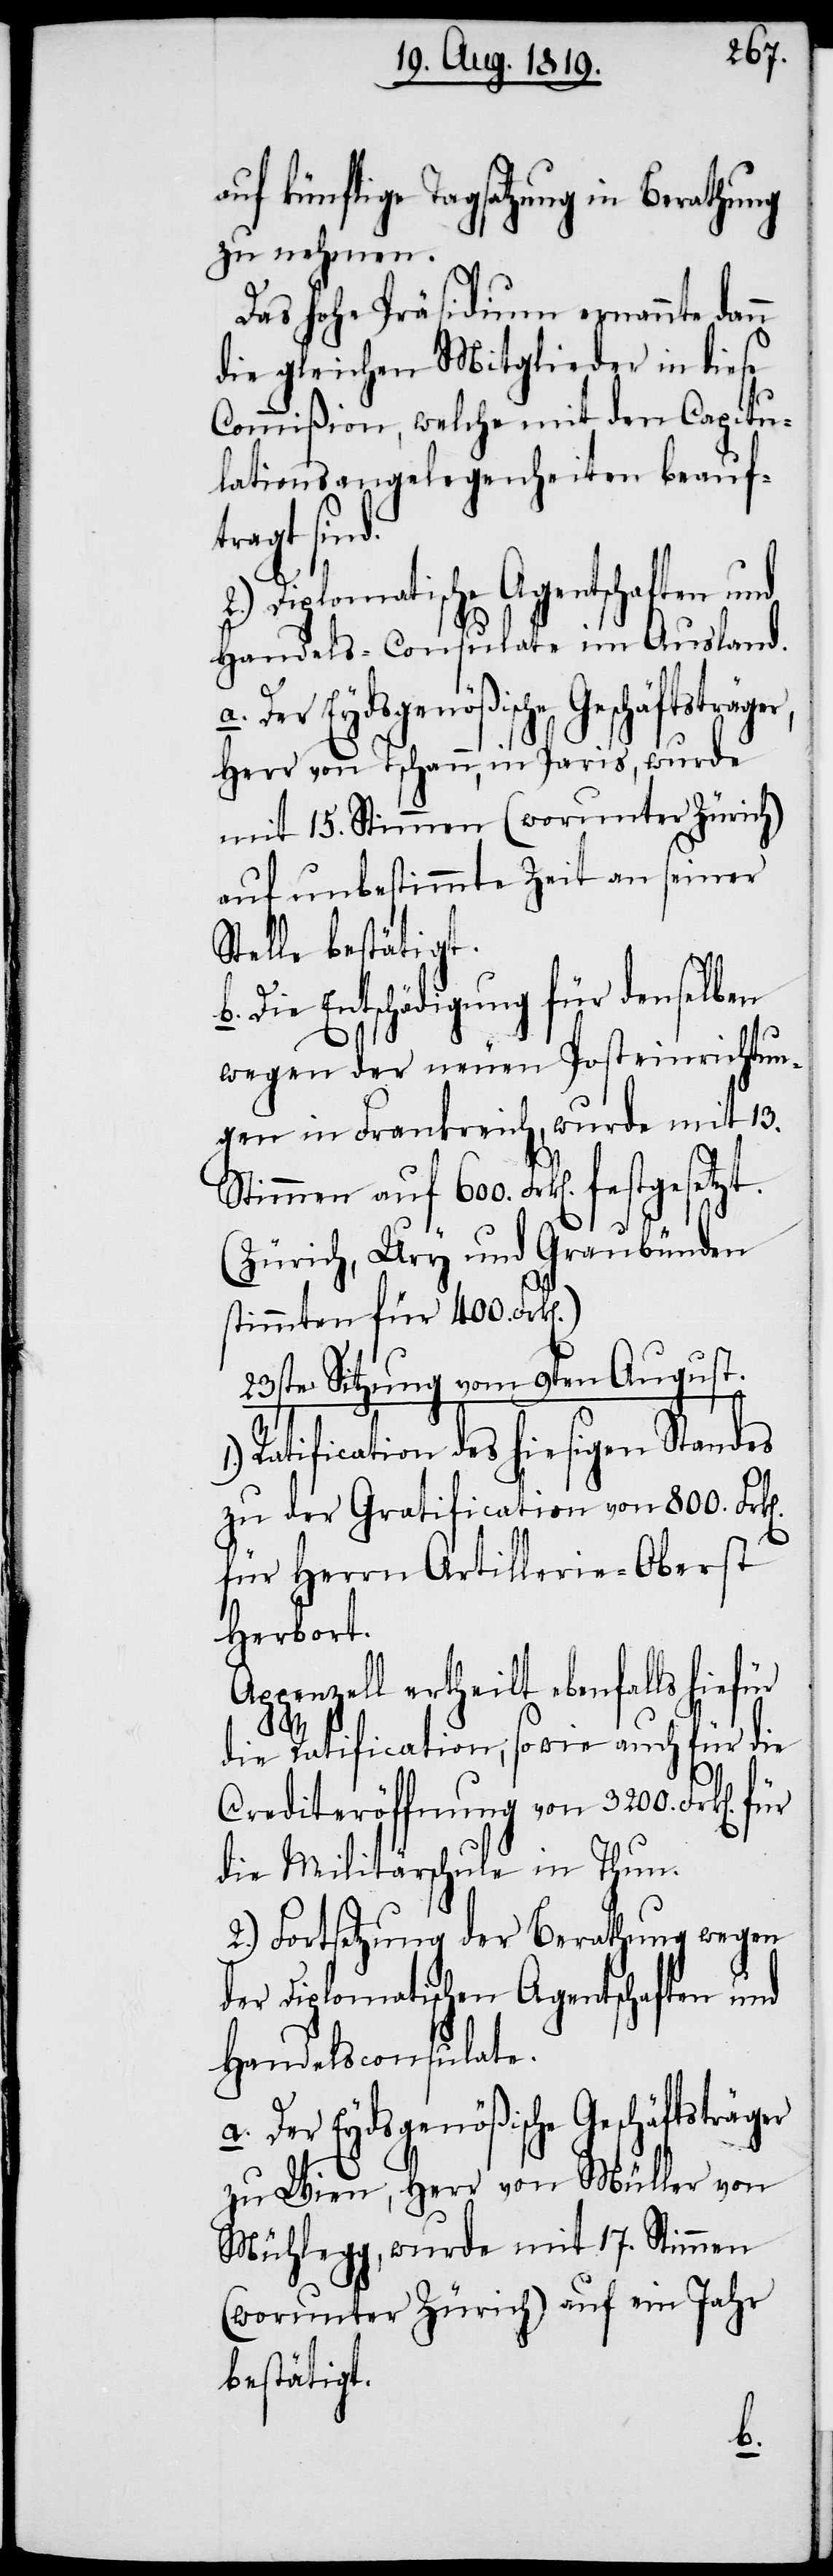
k[en].
auf künftige Tagsatzung in Berathung
zu nehmen.
Das hohe Präsidium ernannte dan¬
die gleichen Mitglieder in diese
Commißion, welche mit den Capitu¬
lationsangelegenheiten beauf¬
tragt sin¬
Diplomatische Agentschaften und
Handels- Consulate im Ausland.
Herr von Tschann, in Paris, wurde
mit 15. Stimmen (worunter Zürich)
auf unbestimmte Zeit an seiner
Stelle bestätigt.
Die Entschädigung für denselben
wegen der erneuten Posteinrichtun¬
gen in Frankreich, wurde mit 13.
Stimmen auf 600. Frk[en]. festgeset¬
(Zürich, Ury und Graubünden
stimmten für 400.
23ste Sitzung vom 9ten August.
Ratification des hiesigen Standes
zu der Gratification von 800. Fr¬
für Herrn Artillerie-
Herbort.
Appenzell ertheilt ebenfalls hiefür
r,
1.)
die Ratification; sowie auch für die
die Militärschule in Thun.
2.) Fortsetzung der Berathung wegen
der Diplomatischen Agentschaften und
Handelsconsulate.
a. Der Eydsgenößische Geschäftsträger
zu Wien, Herr von Müller von
Mühlegg, wurde mit 17. Stimmen
(worunter Zürich) auf ein Jahr
bestätigt.
b.